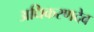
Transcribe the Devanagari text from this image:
अधिकरणदेव